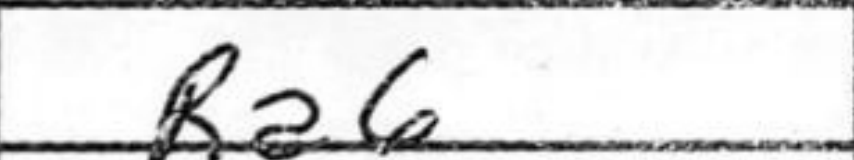
Transcription: Ra6